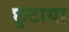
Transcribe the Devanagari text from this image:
छुटाया